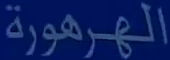
الهرهورة